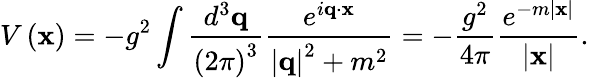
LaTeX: V\left({\mathbf x}\right)=-g^{2}\int{\frac{d^{3}{{\mathbf q}}}{\left(2\pi\right)^{3}}}{\frac{e^{i{\mathbf q}\cdot{\mathbf x}}}{\left|{\mathbf q}\right|^{2}+m^{2}}}=-{\frac{g^{2}}{4\pi}}{\frac{e^{-m\left|{\mathbf x}\right|}}{\left|{\mathbf x}\right|}}.